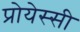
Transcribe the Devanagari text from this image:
प्रोयेस्सी